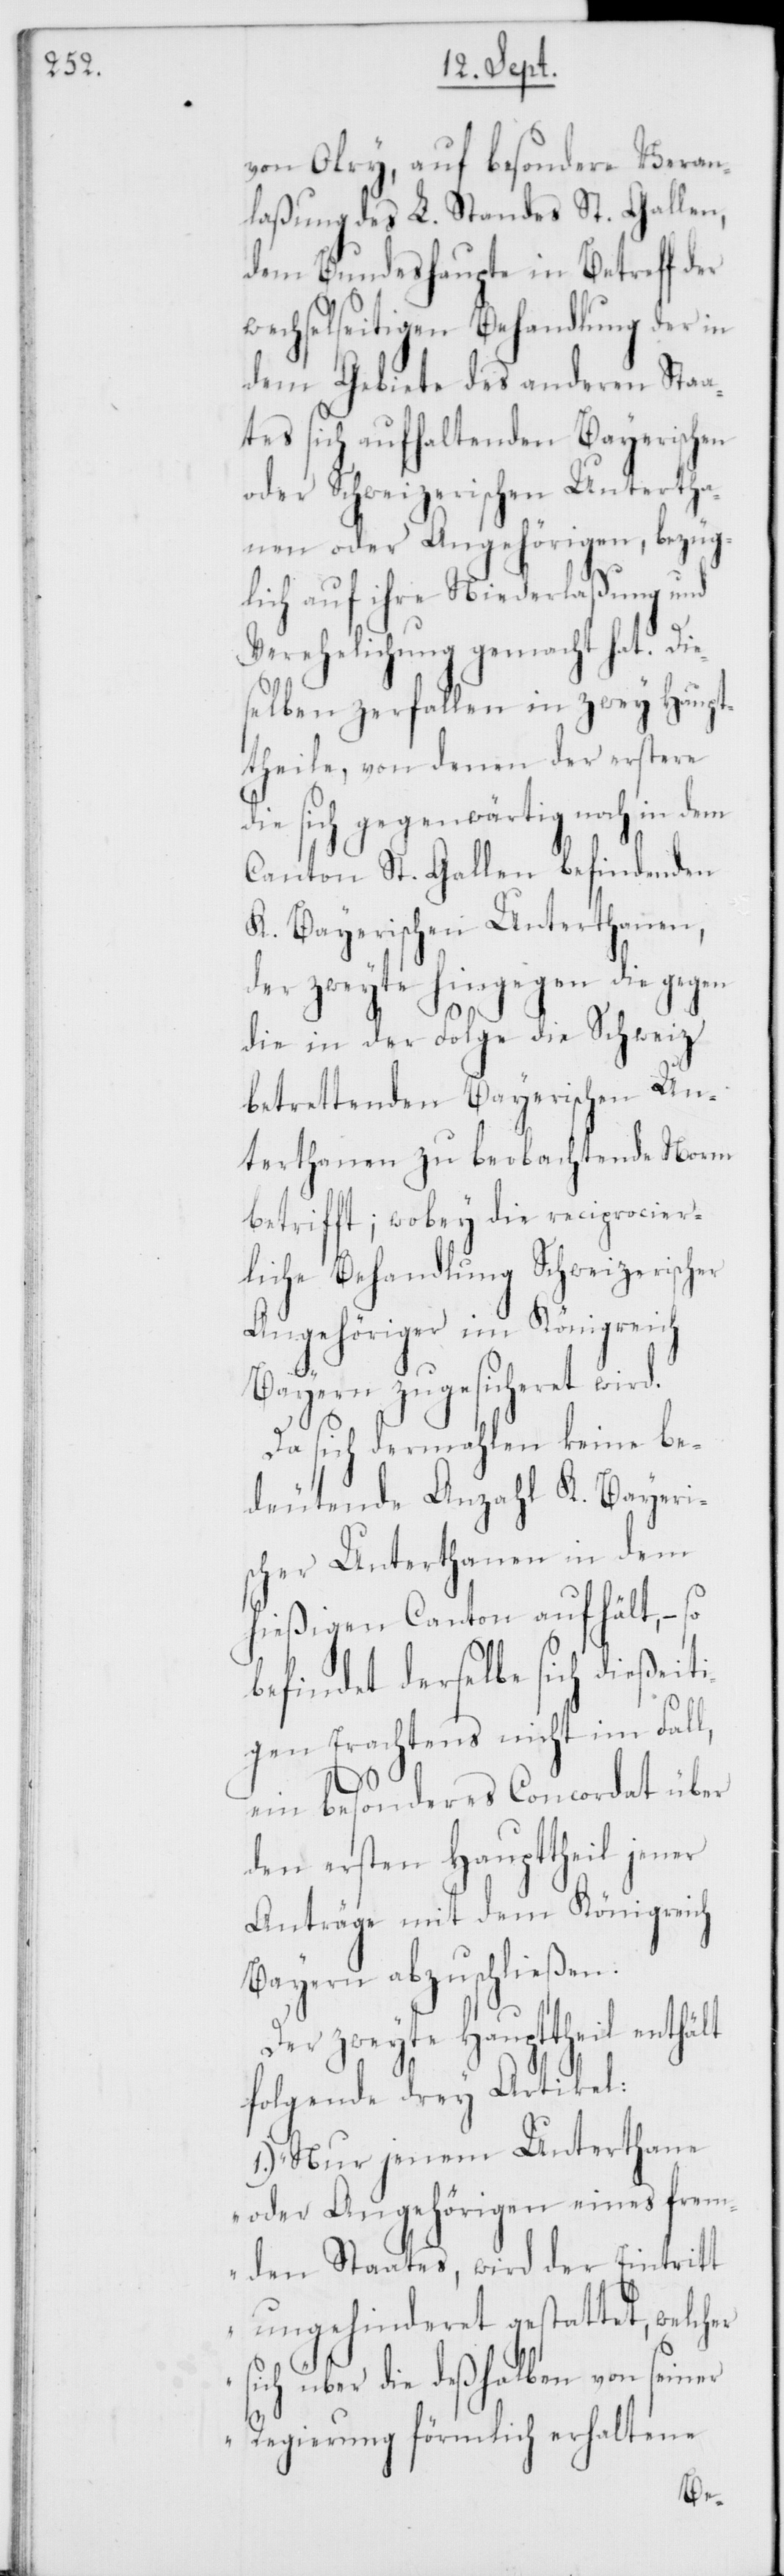
von Olry, auf besondere Veran¬
laßung des L. Standes St. Gallen,
dem Bundeshaupte in Betreff der
wechselseitigen Behandlung der in
dem Gebiete des anderen Sta¬
ates sich aufhaltenden Bayerischen
oder Schweizerischen Untertha¬
nen oder Angehörigen, bezüg¬
lich auf ihre Niederlaßung und
Verehelichung gemacht hat. Die¬
selben zerfallen in zwey Haupt¬
theile, von denen der erstere
die sich gegenwärtig noch in dem
Canton St. Gallen befindenden
K. Bayerischen Unterthanen,
der zweyte hingegen die gegen
die in der Folge die Schweiz
betrettenden Bayerischen Un¬
terthanen zu beobachtende Norm
betrifft; wobey die reciprocier¬
liche Behandlung Schweizerischer
Angehöriger im Königreich
Bayern zugesicheret wird.
Da sich dermahlen keine be¬
deutende Anzahl K. Bayeris¬
cher Unterthanen in dem
hießigen Canton aufhält, – so
befindet derselbe sich dießeit¬
igen Erachtens nicht im Fall,
ein besonderes Concordat über
den ersten Haupttheil jener
Anträge mit dem Königreich
Bayern abzuschließen.
Der zweyte Haupttheil enthält
folgende drey Artikel:
1.) „Nur jenem Unterthane
oder Angehörigen eines frem¬
den Staates, wird der Eintritt
ungehinderet gestattet, welcher
sich über die deßhalben von seiner
Regierung förmlich erhaltene